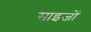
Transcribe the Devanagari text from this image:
साइजों